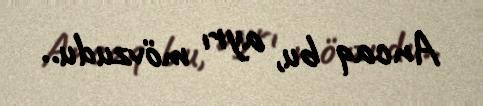
Ancaq bu, ayrı mövzudu..